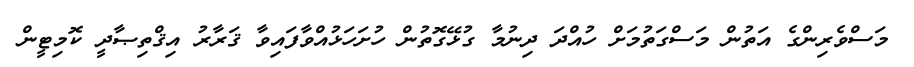
މަސްވެރިންގެ އަތުން މަސްގަތުމަށް ހުއްދަ ދިނުމާ ގުޅޭގޮތުން ހުށަހަޅުއްވާފައިވާ ޤަރާރު އިޤްތިޞާދީ ކޮމިޓީން